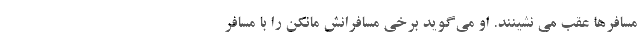
مسافرها عقب می نشینند. او می‌گوید برخی مسافرانش مانکن را با مسافر